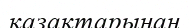
қазақтарынан